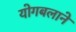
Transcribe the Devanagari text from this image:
योगबलाने